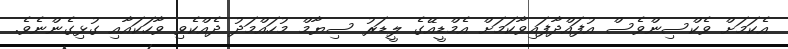
އެކަމަށް ވެކްސިންވެސް އުފައްދާފައިވާކަމަށް އެމްޑީއޭގެ ލީޑަރު ސިޔާމް މުހައްމަދު ދެއްކެވި ވާހަކައާއި ގުޅިގެންނެވެެ.